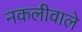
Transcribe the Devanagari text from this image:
नकलीवाले